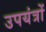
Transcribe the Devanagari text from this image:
उपयंत्रों